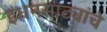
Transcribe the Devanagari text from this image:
इंधनसाठ्यांचे